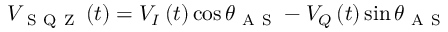
V _ { \mathrm { ~ S ~ Q ~ Z ~ } } \left( t \right) = V _ { I } \left( t \right) \cos \theta _ { \mathrm { ~ A ~ S ~ } } - V _ { Q } \left( t \right) \sin \theta _ { \mathrm { ~ A ~ S ~ } }